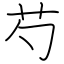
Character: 芍